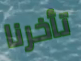
تأخرنا